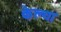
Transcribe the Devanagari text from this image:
केल्‍या